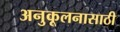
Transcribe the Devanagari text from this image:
अनुकूलनासाठी